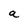
Character: a